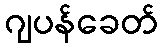
ဂျပန်ခေတ်